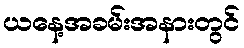
ယနေ့အခမ်းအနားတွင်